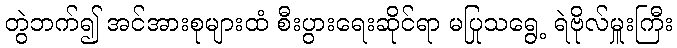
တွဲဘက်၍ အင်အားစုများထံ စီးပွားရေးဆိုင်ရာ မပြုသရွေ့ ရဲဗိုလ်မှူးကြီး